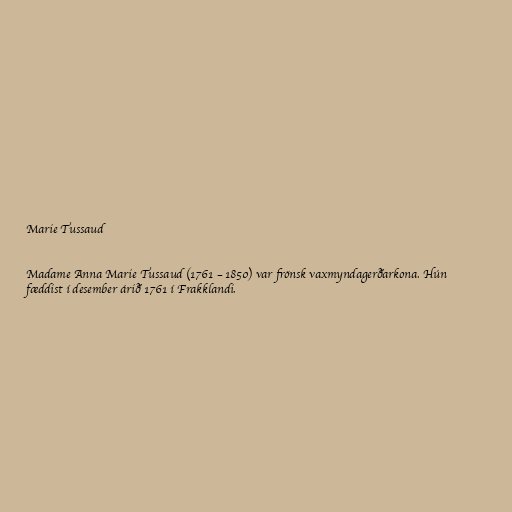
Marie Tussaud

Madame Anna Marie Tussaud (1761 – 1850) var frönsk vaxmyndagerðarkona. Hún
fæddist í desember árið 1761 í Frakklandi.